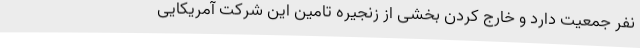
نفر جمعیت دارد و خارج کردن بخشی از زنجیره تامین این شرکت آمریکایی